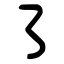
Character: ㇌